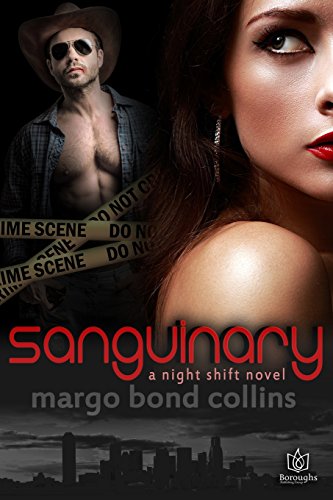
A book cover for Sanguinary (Night Shift) (Volume 1); Margo Bond Collins; Romance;